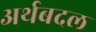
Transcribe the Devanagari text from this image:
अर्थबदल